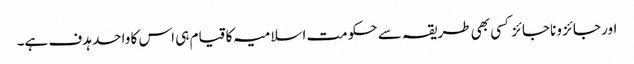
اور جائز و ناجائز کسی بھی طریقہ سے حکومت اسلامیہ کا قیام ہی اس کا واحد ہدف ہے۔